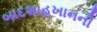
બાદશાહખાનની